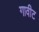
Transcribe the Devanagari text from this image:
गावीट